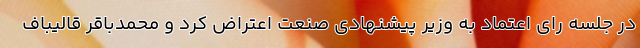
در جلسه رای اعتماد به وزیر پیشنهادی صنعت اعتراض کرد و محمدباقر قالیباف